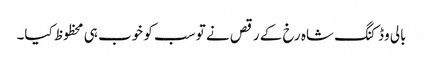
بالی وڈ کنگ شاہ رخ کے رقص نے تو سب کو خوب ہی محظوظ کیا۔